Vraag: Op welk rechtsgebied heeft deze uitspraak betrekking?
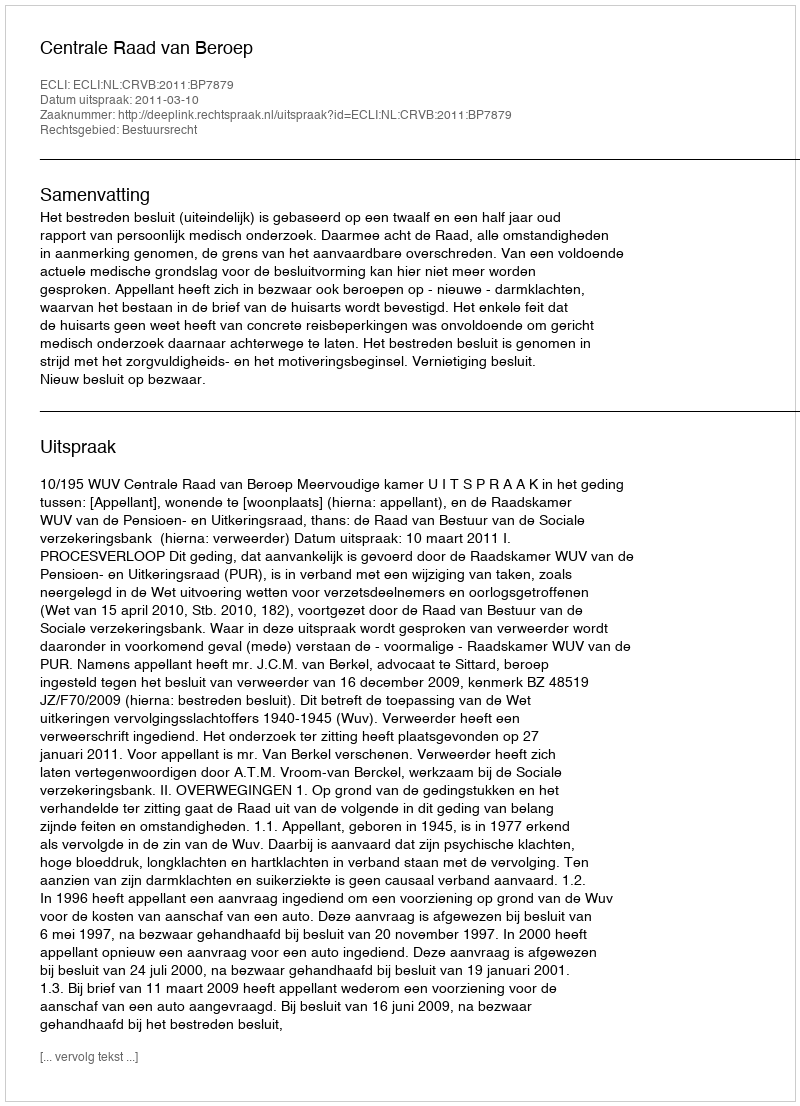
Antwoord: Bestuursrecht